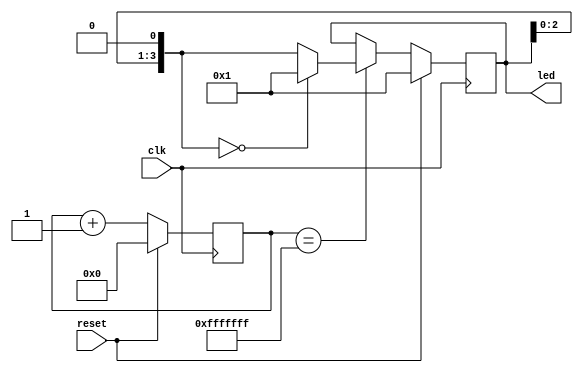
module led#(parameter N=4,parameter TIMEOUT=32'hfff_ffff)(
  input clk,
  input reset,
  output reg[N-1:0] led //
);
reg[31:0]cnt;
always@(posedge clk)
  if(reset==1'b1)begin
    cnt<='h0;
    led<='b1; //
  end else begin
    cnt<=cnt+1'b1;
    if(cnt==TIMEOUT)begin
      led = led<<1; //
      if(led==4'b0000) led='b1;
    end
  end

endmodule